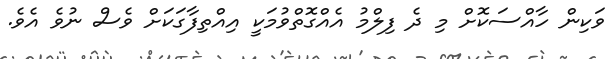
ވަކިން ހާއްސަކޮށް މި ދެ ފިލްމު އެއްގޮތްވުމަކީ އިއްތިފާގަކަށް ވެސް ނުވެ އެވެ.